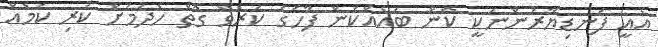
އެއީ ފަނޑިޔާރުންނަކީ ކޮން ބައެއްކަން ފާހަގަ ކުރެވޭ ގޮތް ހެދުމަށް ކުރި ކަމެއް